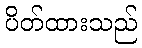
ပိတ်ထားသည်